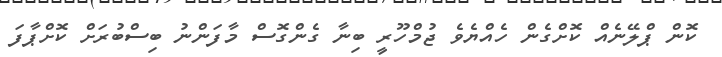
ކޮން ޕްލޭނެއް ކޮށްގެން ހެއްޔެވެ ޖުމްހޫރީ ބިނާ ގެންގޮސް މާފަންނު ބިސްބުރަށް ކޮށްޕާފަ